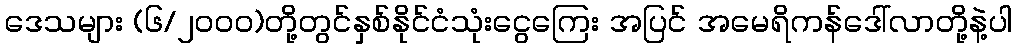
ဒေသများ (၆/၂၀၀၀)တို့တွင်နှစ်နိုင်ငံသုံးငွေကြေး အပြင် အမေရိကန်ဒေါ်လာတို့နဲ့ပါ